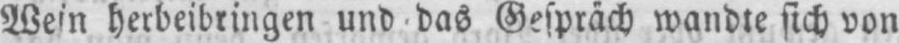
Wein herbeibringen und das Gespräch wandte sich von